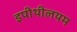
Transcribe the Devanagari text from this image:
इपीथीलयम